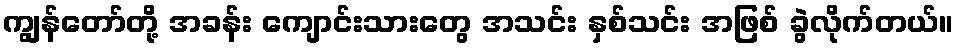
ကျွန်တော်တို့ အခန်း ကျောင်းသားတွေ အသင်း နှစ်သင်း အဖြစ် ခွဲလိုက်တယ်။